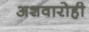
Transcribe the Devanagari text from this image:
अशवारोही